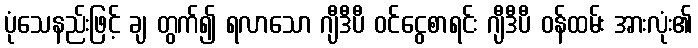
ပုံသေနည်းဖြင့် ချ တွက်၍ ရလာသော ဂျီဒီပီ ဝင်ငွေစာရင်း ဂျီဒီပီ ဝန်ထမ်း အားလုံး၏